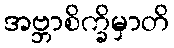
အဗ္ဘာစိက္ခိမှာတိ